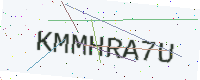
Text: KMMHRA7U